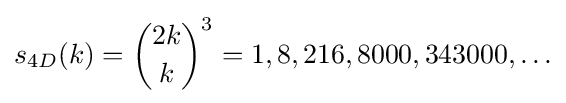
s_{4D}(k)={\binom {2k}{k}}^{3}=1,8,216,8000,343000,\ldots